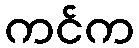
ကင်က